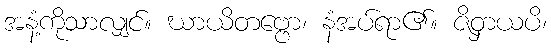
အနံ့ကိုသာလျှင်။ ဃာယိတဗ္ဗော၊ နံအပ်ရာ၏။ ဇိဝှာယပိ၊